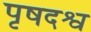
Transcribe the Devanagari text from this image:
पृषदश्व